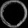
Digit: ၀